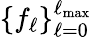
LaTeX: \{ f_{\ell}\} _{\ell=0}^{\ell_{\mathrm{max}}}